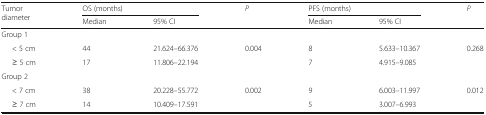
<table><thead><tr><td rowspan="2"><b>Tumor diameter</b></td><td colspan="2"><b>OS (months)</b></td><td rowspan="2"><b><i>P</i></b></td><td colspan="2"><b>PFS (months)</b></td><td rowspan="2"><b><i>P</i></b></td></tr><tr><td><b>Median</b></td><td><b>95% CI</b></td><td><b>Median</b></td><td><b>95% CI</b></td></tr></thead><tbody><tr><td colspan="7">Group 1</td></tr><tr><td>&lt; 5 cm</td><td>44</td><td>21.624–66.376</td><td rowspan="2">0.004</td><td>8</td><td>5.633–10.367</td><td rowspan="2">0.268</td></tr><tr><td>≥ 5 cm</td><td>17</td><td>11.806–22.194</td><td>7</td><td>4.915–9.085</td></tr><tr><td colspan="7">Group 2</td></tr><tr><td>&lt; 7 cm</td><td>38</td><td>20.228–55.772</td><td rowspan="2">0.002</td><td>9</td><td>6.003–11.997</td><td rowspan="2">0.012</td></tr><tr><td>≥ 7 cm</td><td>14</td><td>10.409–17.591</td><td>5</td><td>3.007–6.993</td></tr></tbody></table>